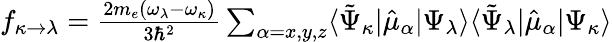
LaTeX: \begin{array}{r}{f_{\kappa\rightarrow\lambda}=\frac{2m_{e}(\omega_{\lambda}-\omega_{\kappa})}{3\hbar^{2}}\sum_{\alpha=x,y,z}\langle\tilde{\Psi}_{\kappa}|\hat{\mu}_{\alpha}|\Psi_{\lambda}\rangle\langle\tilde{\Psi}_{\lambda}|\hat{\mu}_{\alpha}|\Psi_{\kappa}\rangle}\end{array}